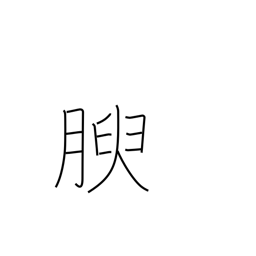
Meaning: growing fat